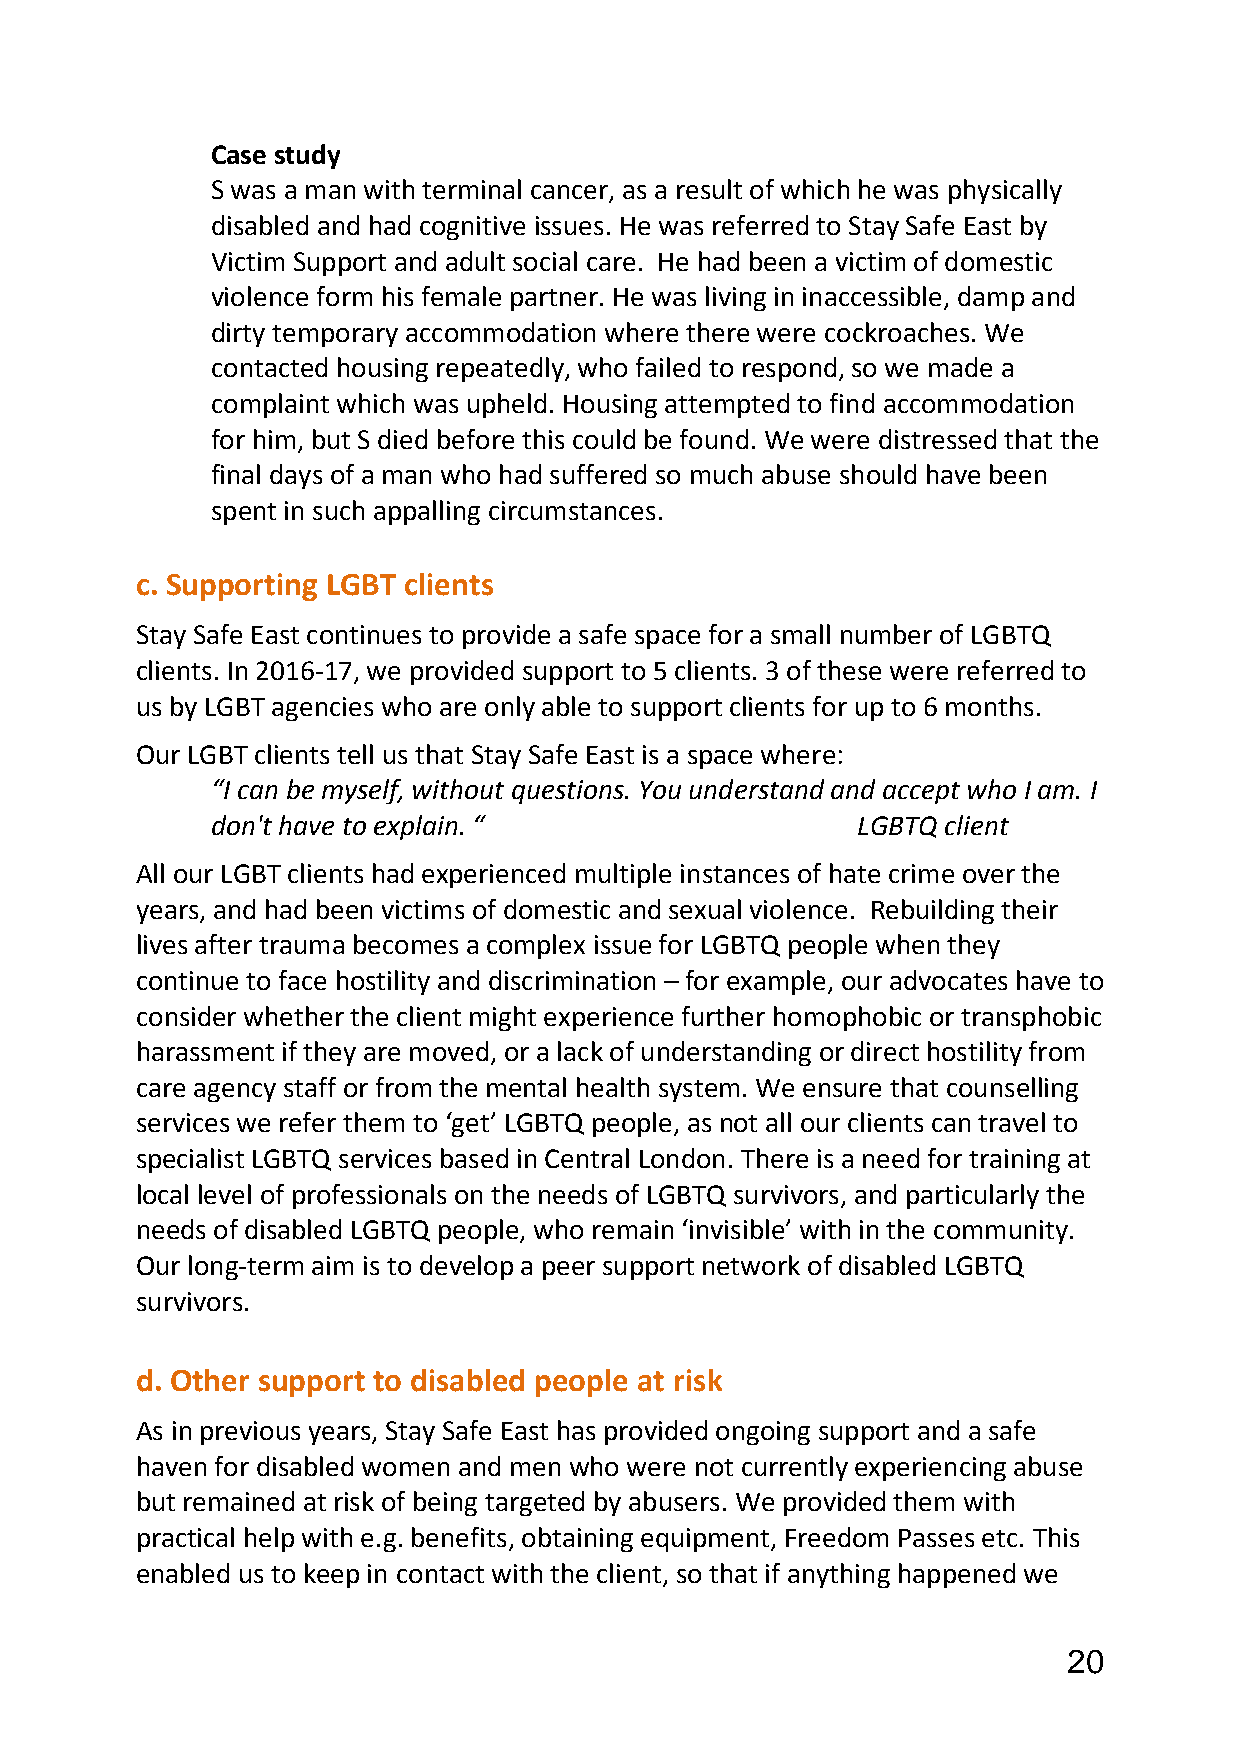
Case study
 S was a man with terminal cancer, as a result of which he was physically
 disabled and had cognitive issues. He was referred to Stay Safe East by
 Victim Support and adult social care. He had been a victim of domestic
 violence form his female partner. He was living in inaccessible, damp and
 dirty temporary accommodation where there were cockroaches. We
 contacted housing repeatedly, who failed to respond, so we made a
 complaint which was upheld. Housing attempted to find accommodation
 for him, but S died before this could be found. We were distressed that the
 final days of a man who had suffered so much abuse should have been
 spent in such appalling circumstances.
 c. Supporting LGBT clients
 Stay Safe East continues to provide a safe space for a small number of LGBTQ
 clients. In 2016-17, we provided support to 5 clients. 3 of these were referred to
 us by LGBT agencies who are only able to support clients for up to 6 months.
 Our LGBT clients tell us that Stay Safe East is a space where:
 “I can be myself, without questions. You understand and accept who I am. I
 don't have to explain. “                   LGBTQ client
 All our LGBT clients had experienced multiple instances of hate crime over the
 years, and had been victims of domestic and sexual violence. Rebuilding their
 lives after trauma becomes a complex issue for LGBTQ people when they
 continue to face hostility and discrimination – for example, our advocates have to
 consider whether the client might experience further homophobic or transphobic
 harassment if they are moved, or a lack of understanding or direct hostility from
 care agency staff or from the mental health system. We ensure that counselling
 services we refer them to ‘get’ LGBTQ people, as not all our clients can travel to
 specialist LGBTQ services based in Central London. There is a need for training at
 local level of professionals on the needs of LGBTQ survivors, and particularly the
 needs of disabled LGBTQ people, who remain ‘invisible’ with in the community.
 Our long-term aim is to develop a peer support network of disabled LGBTQ
 survivors.
 d. Other support to disabled people at risk
 As in previous years, Stay Safe East has provided ongoing support and a safe
 haven for disabled women and men who were not currently experiencing abuse
 but remained at risk of being targeted by abusers. We provided them with
 practical help with e.g. benefits, obtaining equipment, Freedom Passes etc. This
 enabled us to keep in contact with the client, so that if anything happened we
 20